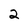
Character: 2